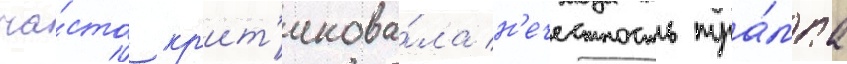
ча́сто кр'ит'икова́ла н'ечестность тра́мпа